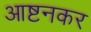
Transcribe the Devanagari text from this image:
आष्टनकर